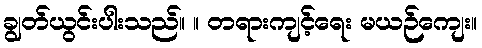
ချွတ်ယွင်းပါးသည်။ ။ တရားကျင့်ရေး မယဉ်ကျေး။